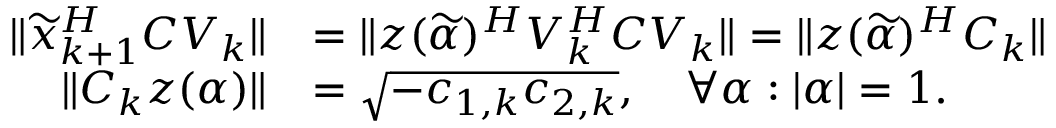
\begin{array} { r l } { \| \widetilde { x } _ { k + 1 } ^ { H } C V _ { k } \| } & { = \| z ( \widetilde { \alpha } ) ^ { H } V _ { k } ^ { H } C V _ { k } \| = \| z ( \widetilde { \alpha } ) ^ { H } C _ { k } \| } \\ { \| C _ { k } z ( \alpha ) \| } & { = \sqrt { - c _ { 1 , k } c _ { 2 , k } } , \quad \forall \alpha : | \alpha | = 1 . } \end{array}